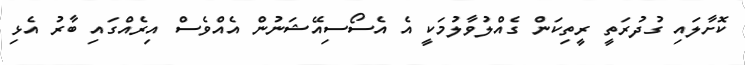
ކޮށާލައި ގުދުރަތީ ރީތިކަން ގެއްލުވާލުމަކީ އެ އެސޯސިއޭޝަނުން އެއްވެސް އިރެއްގައި ބާރު އެޅި